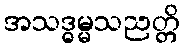
အသဒ္ဓမ္မသညတ္တိ